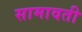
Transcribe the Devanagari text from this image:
सामावती